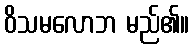
ဝိသမလောဘ မည်၏။